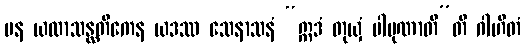
ပန ယထာသန္ထတိကေန ယဒဿ သေနာသနံ “ဣဒံ တုယှံ ပါပုဏာတီ”တိ ဂါဟိတံ